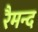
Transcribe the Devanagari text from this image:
रैमन्द